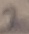
Text: 2